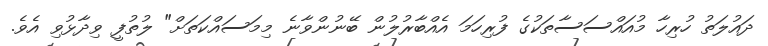
ދައުލަތު ހުރިހާ މުއައްސަސާތަކުގެ ފުރިހަމަ އެއްބާރުލުން ބޭނުންވާނެ މިމަސައްކަތަށް" ލުތުފީ ވިދާޅުވި އެވެ.